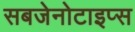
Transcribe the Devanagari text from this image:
सबजेनोटाइप्स